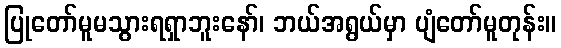
ပြုတော်မူမသွားရရှာဘူးနော်၊ ဘယ်အရွယ်မှာ ပျံတော်မူတုန်း။